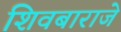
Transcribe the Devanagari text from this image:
शिवबाराजे